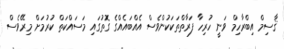
ޤާސިމް އިބްރާހިމް ވަނީ ހުރިހާ ފަރާތްތަކަކުންވެސް އެއްބައެއްގެ ގޮތުގައި މަސައްކަތް ކުރުމަށް މިރޭވެސް